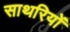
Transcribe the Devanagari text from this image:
साथरियों